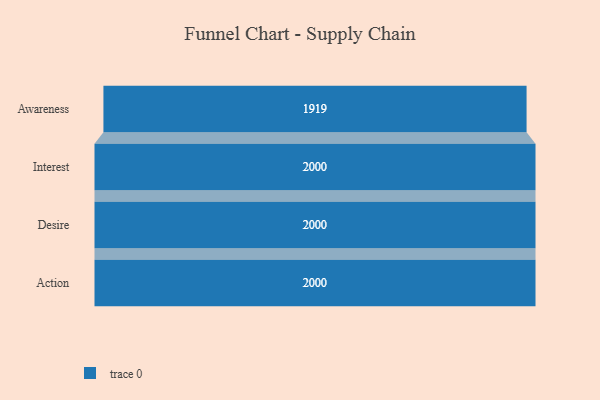
{"axis": {"x": "Stage", "y": "Value"}, "legend": [""], "data": [{"x": "Awareness", "y": 1919.0, "type": ""}, {"x": "Interest", "y": 2000, "type": ""}, {"x": "Desire", "y": 2000, "type": ""}, {"x": "Action", "y": 2000, "type": ""}]}